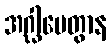
အဂ္ဃါပေတွာန